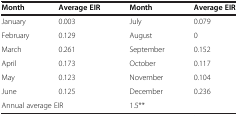
| Month | Average EIR | Month | Average EIR |
 | --- | --- | --- | --- |
 | January | 0.003 | July | 0.079 |
 | February | 0.129 | August | 0 |
 | March | 0.261 | September | 0.152 |
 | April | 0.173 | October | 0.117 |
 | May | 0.123 | November | 0.104 |
 | June | 0.125 | December | 0.236 |
 | <COLSPAN=2> Annual average EIR | <COLSPAN=2> 1.5** |